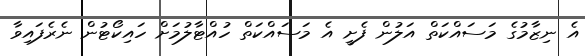
އެ ނިޒާމުގެ މަސައްކަތް އަލުން ފެށީ އެ މަސައްކަތް ހުއްޓާލުމަށް ހައިކޯޓުން ނެރެފައިވާ